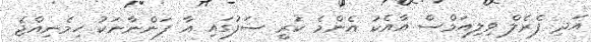
އަދި ފެރެލް ވިލިއަމްސް އާއެކު އެންމެ ކުރީ ސަފުގައި އާ ފަންނާނަކު ހިމެނިއްޖެ